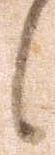
候